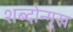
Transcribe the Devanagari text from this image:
शब्दोन्मुख